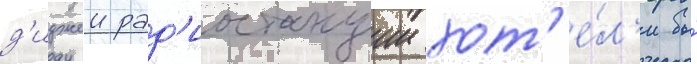
д'иджеи рад'иостанции хот'е́л'и бы́